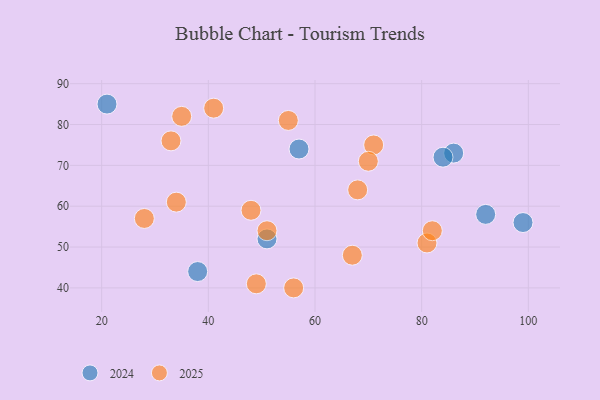
{"axis": {"x": "GDP", "y": "Life Expectancy"}, "legend": ["2024", "2025"], "data": [{"x": "38", "y": 44, "type": "2024"}, {"x": "21", "y": 85, "type": "2024"}, {"x": "92", "y": 58, "type": "2024"}, {"x": "86", "y": 73, "type": "2024"}, {"x": "51", "y": 52, "type": "2024"}, {"x": "84", "y": 72, "type": "2024"}, {"x": "57", "y": 74, "type": "2024"}, {"x": "99", "y": 56, "type": "2024"}, {"x": "71", "y": 75, "type": "2025"}, {"x": "81", "y": 51, "type": "2025"}, {"x": "67", "y": 48, "type": "2025"}, {"x": "34", "y": 61, "type": "2025"}, {"x": "28", "y": 57, "type": "2025"}, {"x": "48", "y": 59, "type": "2025"}, {"x": "33", "y": 76, "type": "2025"}, {"x": "55", "y": 81, "type": "2025"}, {"x": "56", "y": 40, "type": "2025"}, {"x": "68", "y": 64, "type": "2025"}, {"x": "49", "y": 41, "type": "2025"}, {"x": "70", "y": 71, "type": "2025"}, {"x": "35", "y": 82, "type": "2025"}, {"x": "41", "y": 84, "type": "2025"}, {"x": "51", "y": 54, "type": "2025"}, {"x": "82", "y": 54, "type": "2025"}]}